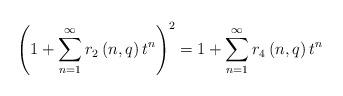
LaTeX: \begin{align*} \left(1 + \sum_{n=1}^{\infty} r_2\left(n, q \right) t^n \right)^2 = 1 + \sum_{n=1}^{\infty} r_4\left(n, q \right) t^n\end{align*}